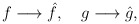
\begin{align*}f \longrightarrow \hat{f}, \quad g \longrightarrow \hat{g},\end{align*}